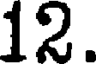
12.